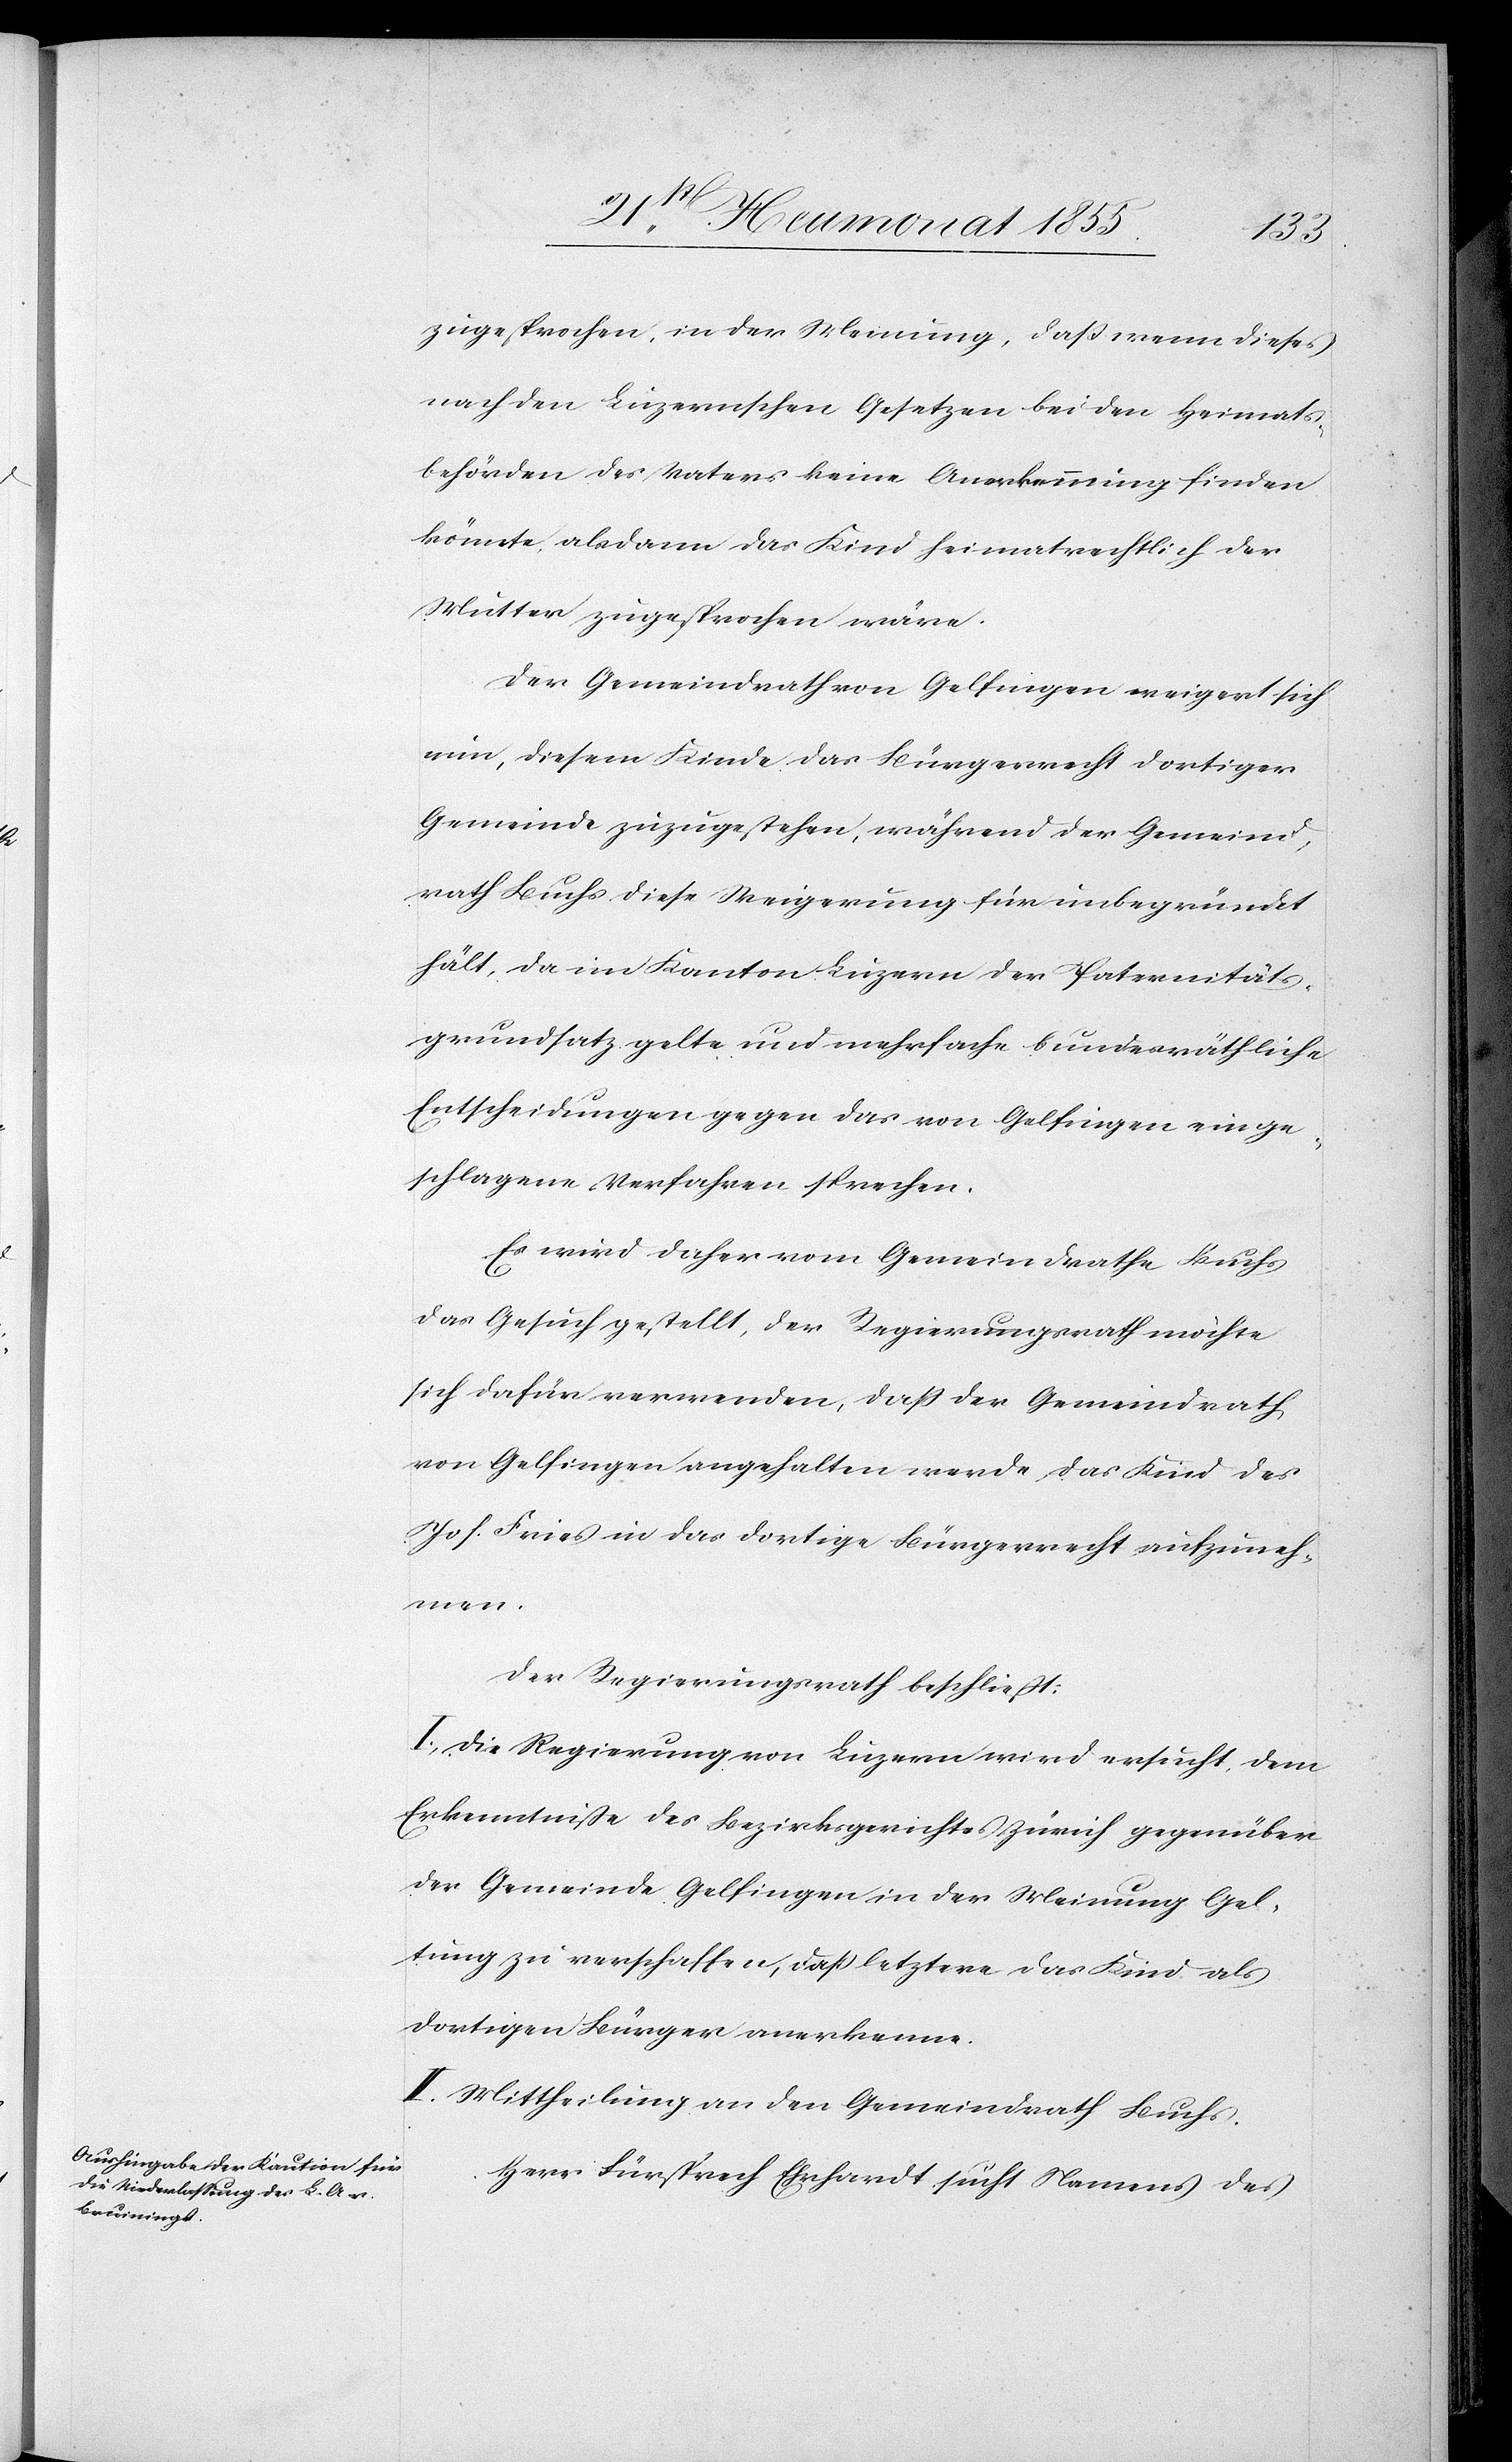
zugesprochen, in der Meinung, daß wenn dieses
nach den Luzernschen Gesetzen bei den Heimats¬
behörden des Vaters keine Anerkennung finden
könnte, alsdann das Kind heimatrechtlich der
Mutter zugesprochen wäre.
Der Gemeindrath von Gelfingen weigert sich
nun, diesem Kinde das Bürgerrecht dortiger
Gemeinde zuzugestehen, während der Gemeind¬
rath Buchs diese Weigerung für unbegründet
hält, da im Kanton Luzern der Paternitäts¬
grundsatz gelte und mehrfache bundesräthliche
Entscheidungen gegen das von Gelfingen einge¬
schlagene Verfahren sprechen.
Es wird daher vom Gemeindrathe Buchs
das Gesuch gestellt, der Regierungsrath möchte
sich dafür verwenden, dass der Gemeindrath
von Gelfingen angehalten werde, das Kind des
Jos. Fries in das dortige Bürgerrecht aufzuneh¬
men.
Der Regierungsrath beschließt:
I, Die Regierung von Luzern wird ersucht, dem
Erkenntniße des Bezirksgerichtes Zürich gegenüber
der Gemeinde Gelfingen in der Meinung Gel¬
tung zu verschaffen, daß letztere das Kind als
dortigen Bürger anerkenne.
II. Mittheilung an den Gemeindrath Buchs.
Herr Fürsprech Ehrhardt sucht Namens des